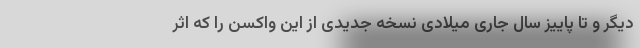
دیگر و تا پاییز سال جاری میلادی نسخه جدیدی از این واکسن را که اثر